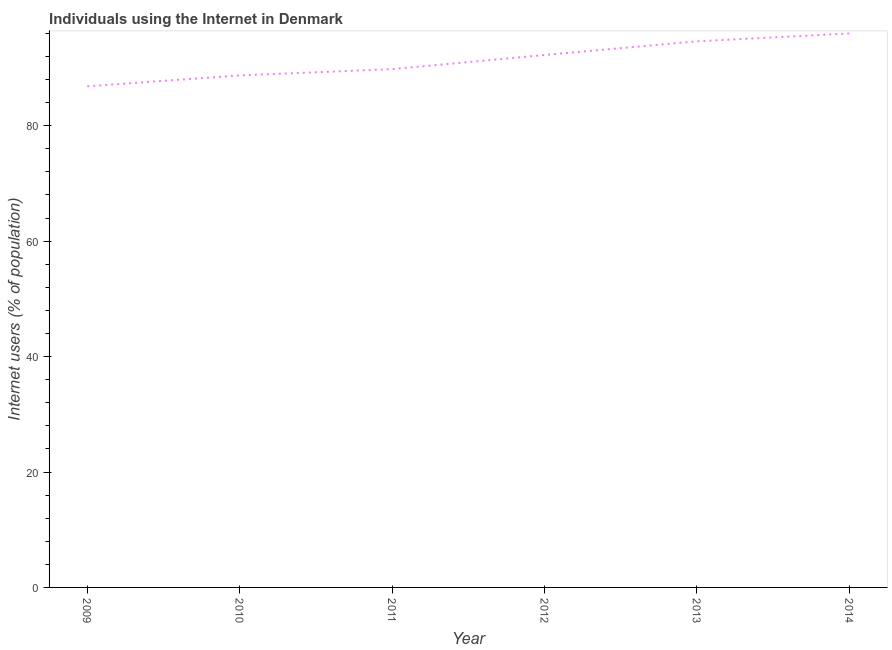
| Year | Internet users |
 | --- | --- |
 | 2009 | 86.8 |
 | 2010 | 88.7 |
 | 2011 | 89.8 |
 | 2012 | 92.3 |
 | 2013 | 94.6 |
 | 2014 | 96 |